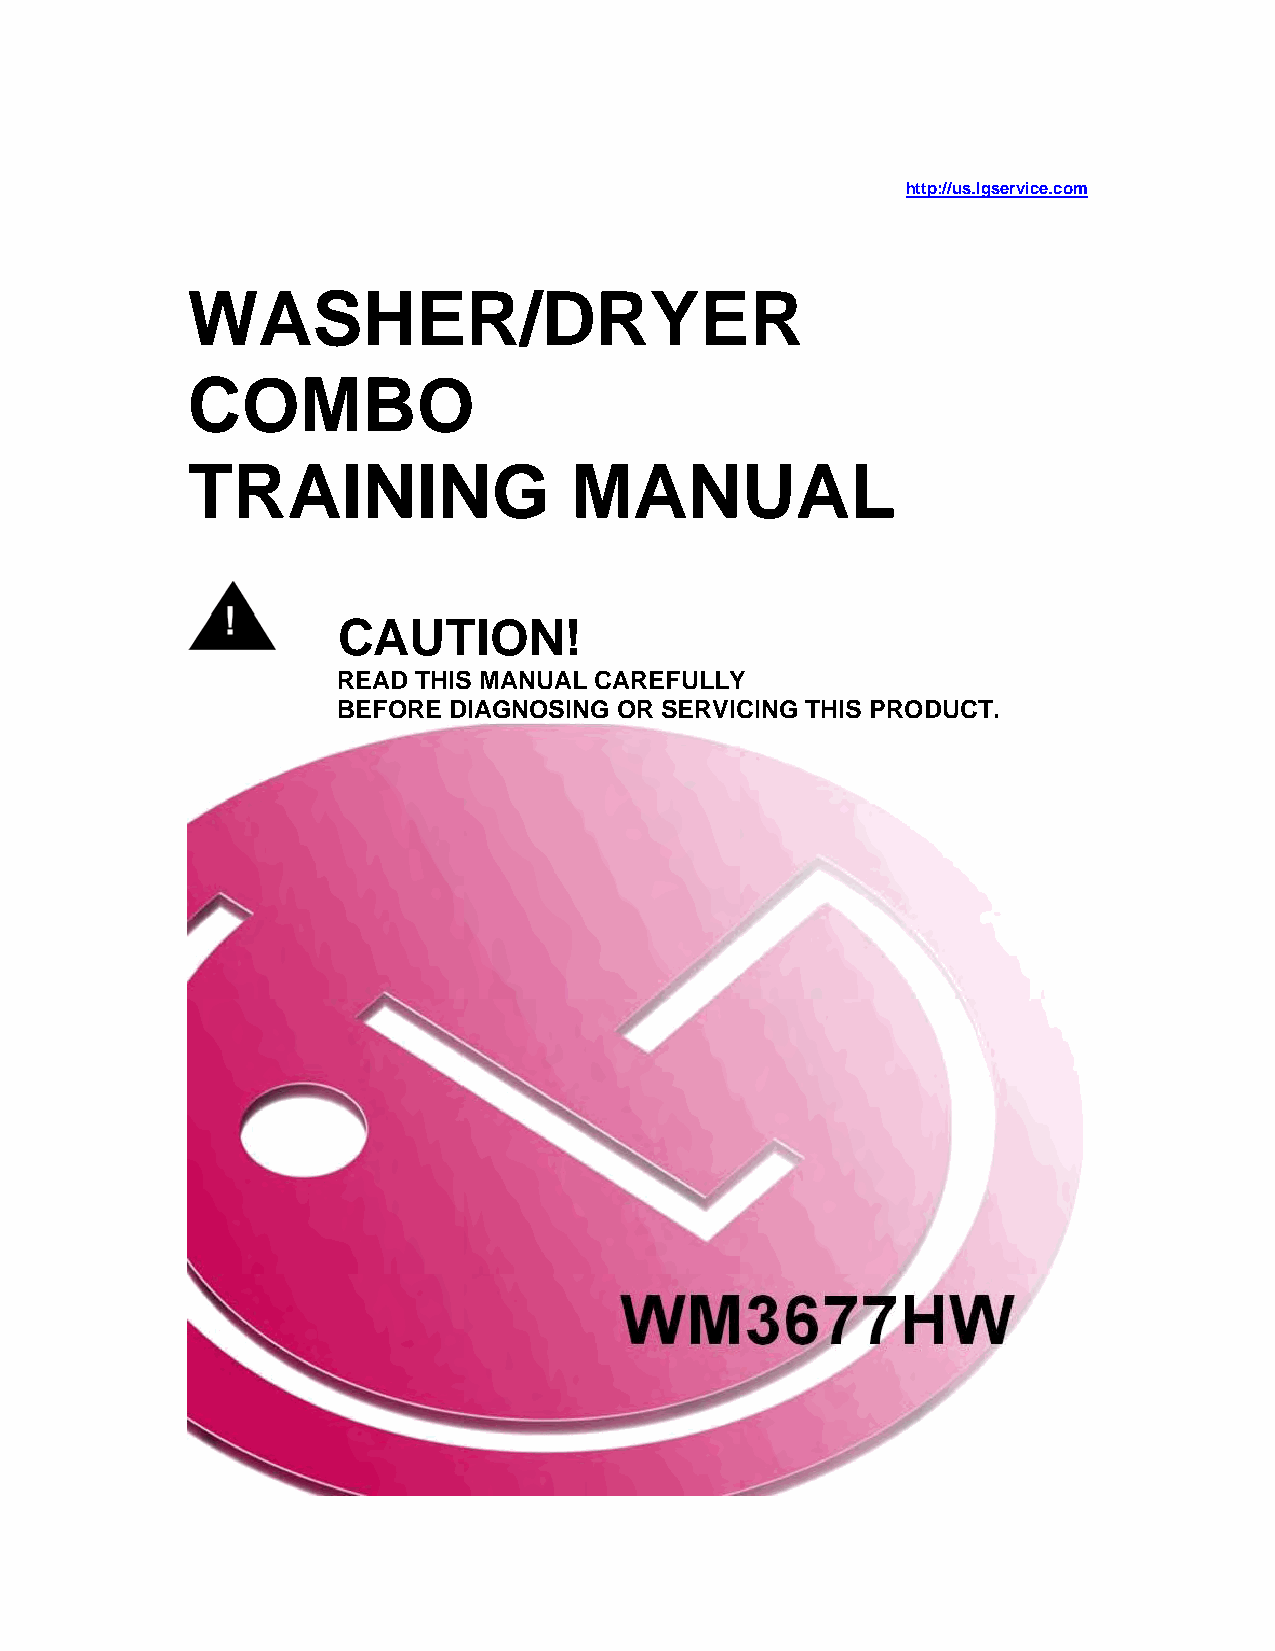
http://us.lgservice.com
 WASHER/DRYER
 COMBO
 TRAINING                  MANUAL
 CAUTION!
 READ THIS MANUAL CAREFULLY
 BEFORE  DIAGNOSING OR SERVICING THIS PRODUCT.